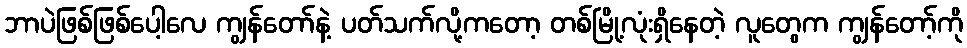
ဘာပဲဖြစ်ဖြစ်ပေါ့လေ ကျွန်တော်နဲ့ ပတ်သက်လို့ကတော့ တစ်မြို့လုံးရှိနေတဲ့ လူတွေက ကျွန်တော့်ကို